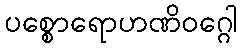
ပစ္စောရောဟဏိဝဂ္ဂေါ